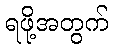
ရဖို့အတွက်